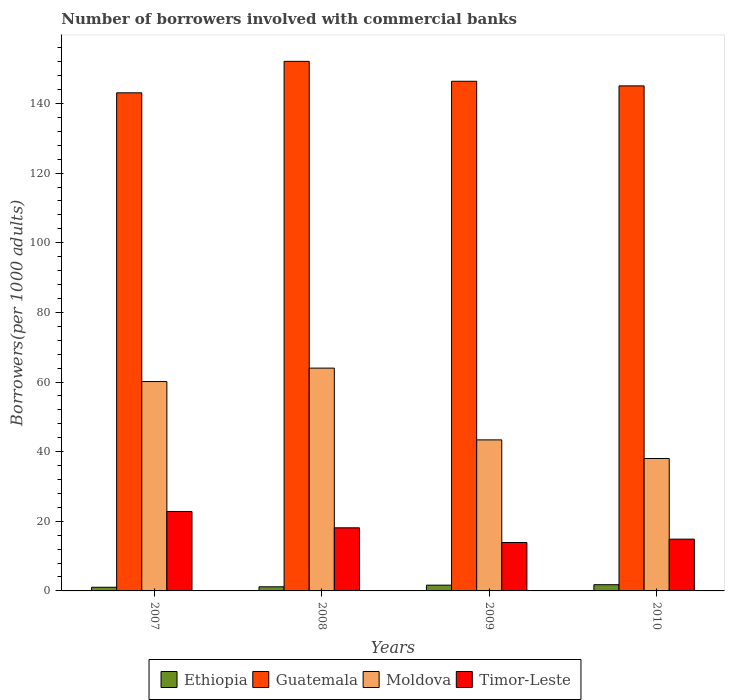
| Years | Ethiopia | Guatemala | Moldova | Timor-Leste |
 | --- | --- | --- | --- | --- |
 | 2007 | 1.05 | 143 | 60.1 | 22.8 |
 | 2008 | 1.18 | 152 | 64 | 18.1 |
 | 2009 | 1.65 | 146 | 43.4 | 13.9 |
 | 2010 | 1.78 | 145 | 38 | 14.9 |